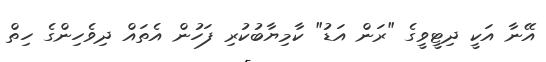
އޭނާ އަކީ ދިޓީވީގެ "ރަން އަޑު" ކާމިޔާބުކުރި ފަހުން އެތައް ދިވެހިންގެ ހިތް